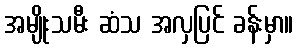
အမျိုးသမီး ဆံသ အလှပြင် ခန်းမှာ။